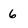
Character: 6